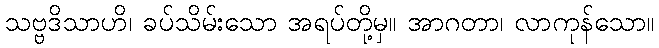
သဗ္ဗဒိသာဟိ၊ ခပ်သိမ်းသော အရပ်တို့မှ။ အာဂတာ၊ လာကုန်သော။